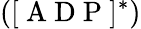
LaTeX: ([\mathrm{~A~D~P~}]^{\ast})